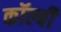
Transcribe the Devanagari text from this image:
कॉल्बी